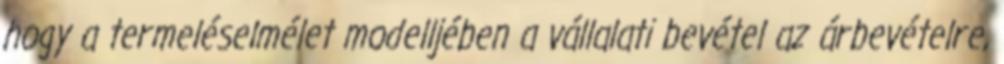
hogy a termeléselmélet modelljében a vállalati bevétel az árbevételre,